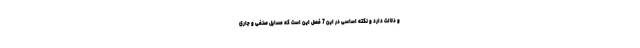
و دلالت دارد و نکته اساسی در این 7 فصل این است که مسایل صنفی و جاری